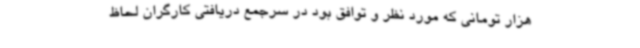
هزار تومانی که مورد نظر و توافق بود در سرجمع دریافتی کارگران لحاظ